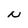
Character: N